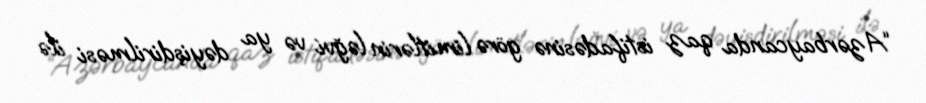
“Azərbaycanda qaz istifadəsinə görə limitlərin ləğvi və ya dəyişdirilməsi ilə